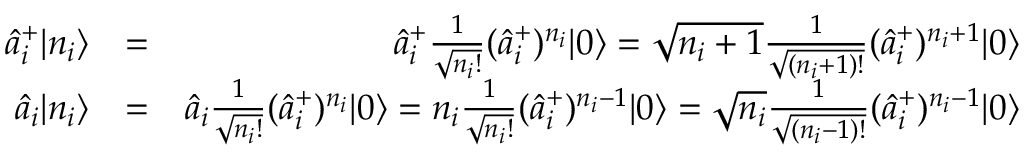
\begin{array} { r l r } { \hat { a } _ { i } ^ { + } | n _ { i } \rangle } & { = } & { \hat { a } _ { i } ^ { + } \frac { 1 } { \sqrt { n _ { i } ! } } ( \hat { a } _ { i } ^ { + } ) ^ { n _ { i } } | 0 \rangle = \sqrt { n _ { i } + 1 } \frac { 1 } { \sqrt { ( n _ { i } + 1 ) ! } } ( \hat { a } _ { i } ^ { + } ) ^ { n _ { i } + 1 } | 0 \rangle } \\ { \hat { a } _ { i } | n _ { i } \rangle } & { = } & { \hat { a } _ { i } \frac { 1 } { \sqrt { n _ { i } ! } } ( \hat { a } _ { i } ^ { + } ) ^ { n _ { i } } | 0 \rangle = n _ { i } \frac { 1 } { \sqrt { n _ { i } ! } } ( \hat { a } _ { i } ^ { + } ) ^ { n _ { i } - 1 } | 0 \rangle = \sqrt { n _ { i } } \frac { 1 } { \sqrt { ( n _ { i } - 1 ) ! } } ( \hat { a } _ { i } ^ { + } ) ^ { n _ { i } - 1 } | 0 \rangle } \end{array}